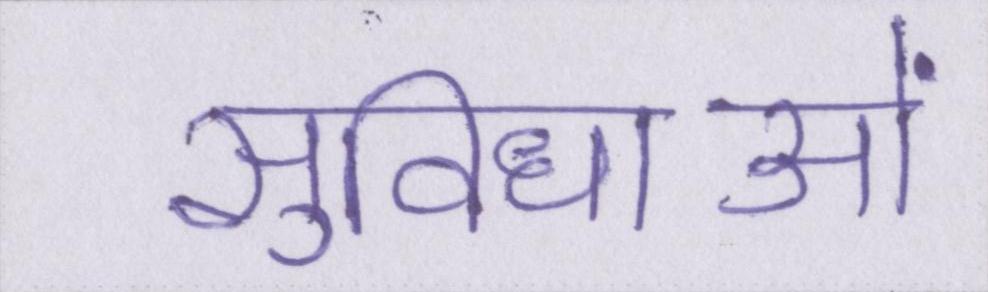
सुविधाओं